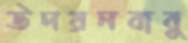
উদয়নবাবু